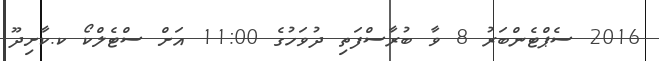
2016 ސެޕްޓެންބަރު 8 ވާ ބުރާސްފަތި ދުވަހުގެ 11:00 އަށް ސްޓެލްކޯ ކ.ކާށިދޫ